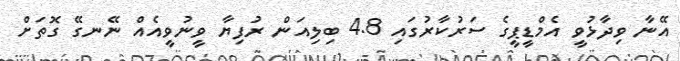
އޭނާ ވިދާޅުވީ އެމްޑީޕީގެ ސަރުކާރުގައި 4.8 ބިލިއަން ރުފިޔާ ވީނުވީއެއް ނޭނގޭ ގޮތަށް